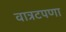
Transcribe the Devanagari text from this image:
वात्रटपणा